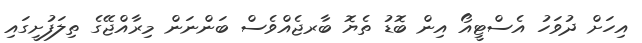
އިހަށް ދުވަހު އެސްޓީއޯ އިން ބޮޑު ތެޔޮ ބާރޖެއްވެސް ބަންނަން މިރާއްޖޭގެ ތިލަފުށީގައި